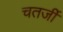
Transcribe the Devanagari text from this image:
चतर्जी